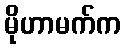
မိုဟာမက်က